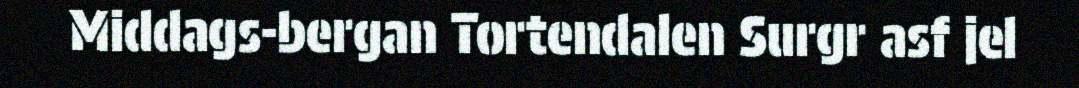
Middags-bergan Tortendalen Surgr asf jel